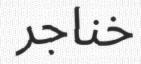
خناجر